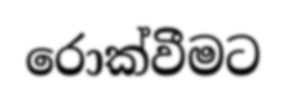
රොක්වීමට